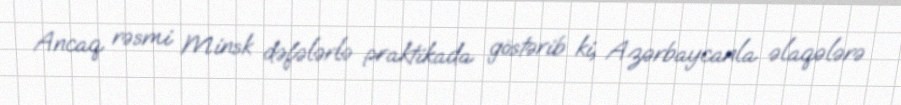
Ancaq rəsmi Minsk dəfələrlə praktikada göstərib ki, Azərbaycanla əlaqələrə